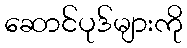
ဆောင်ပုဒ်များကို